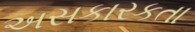
અસકારકતા